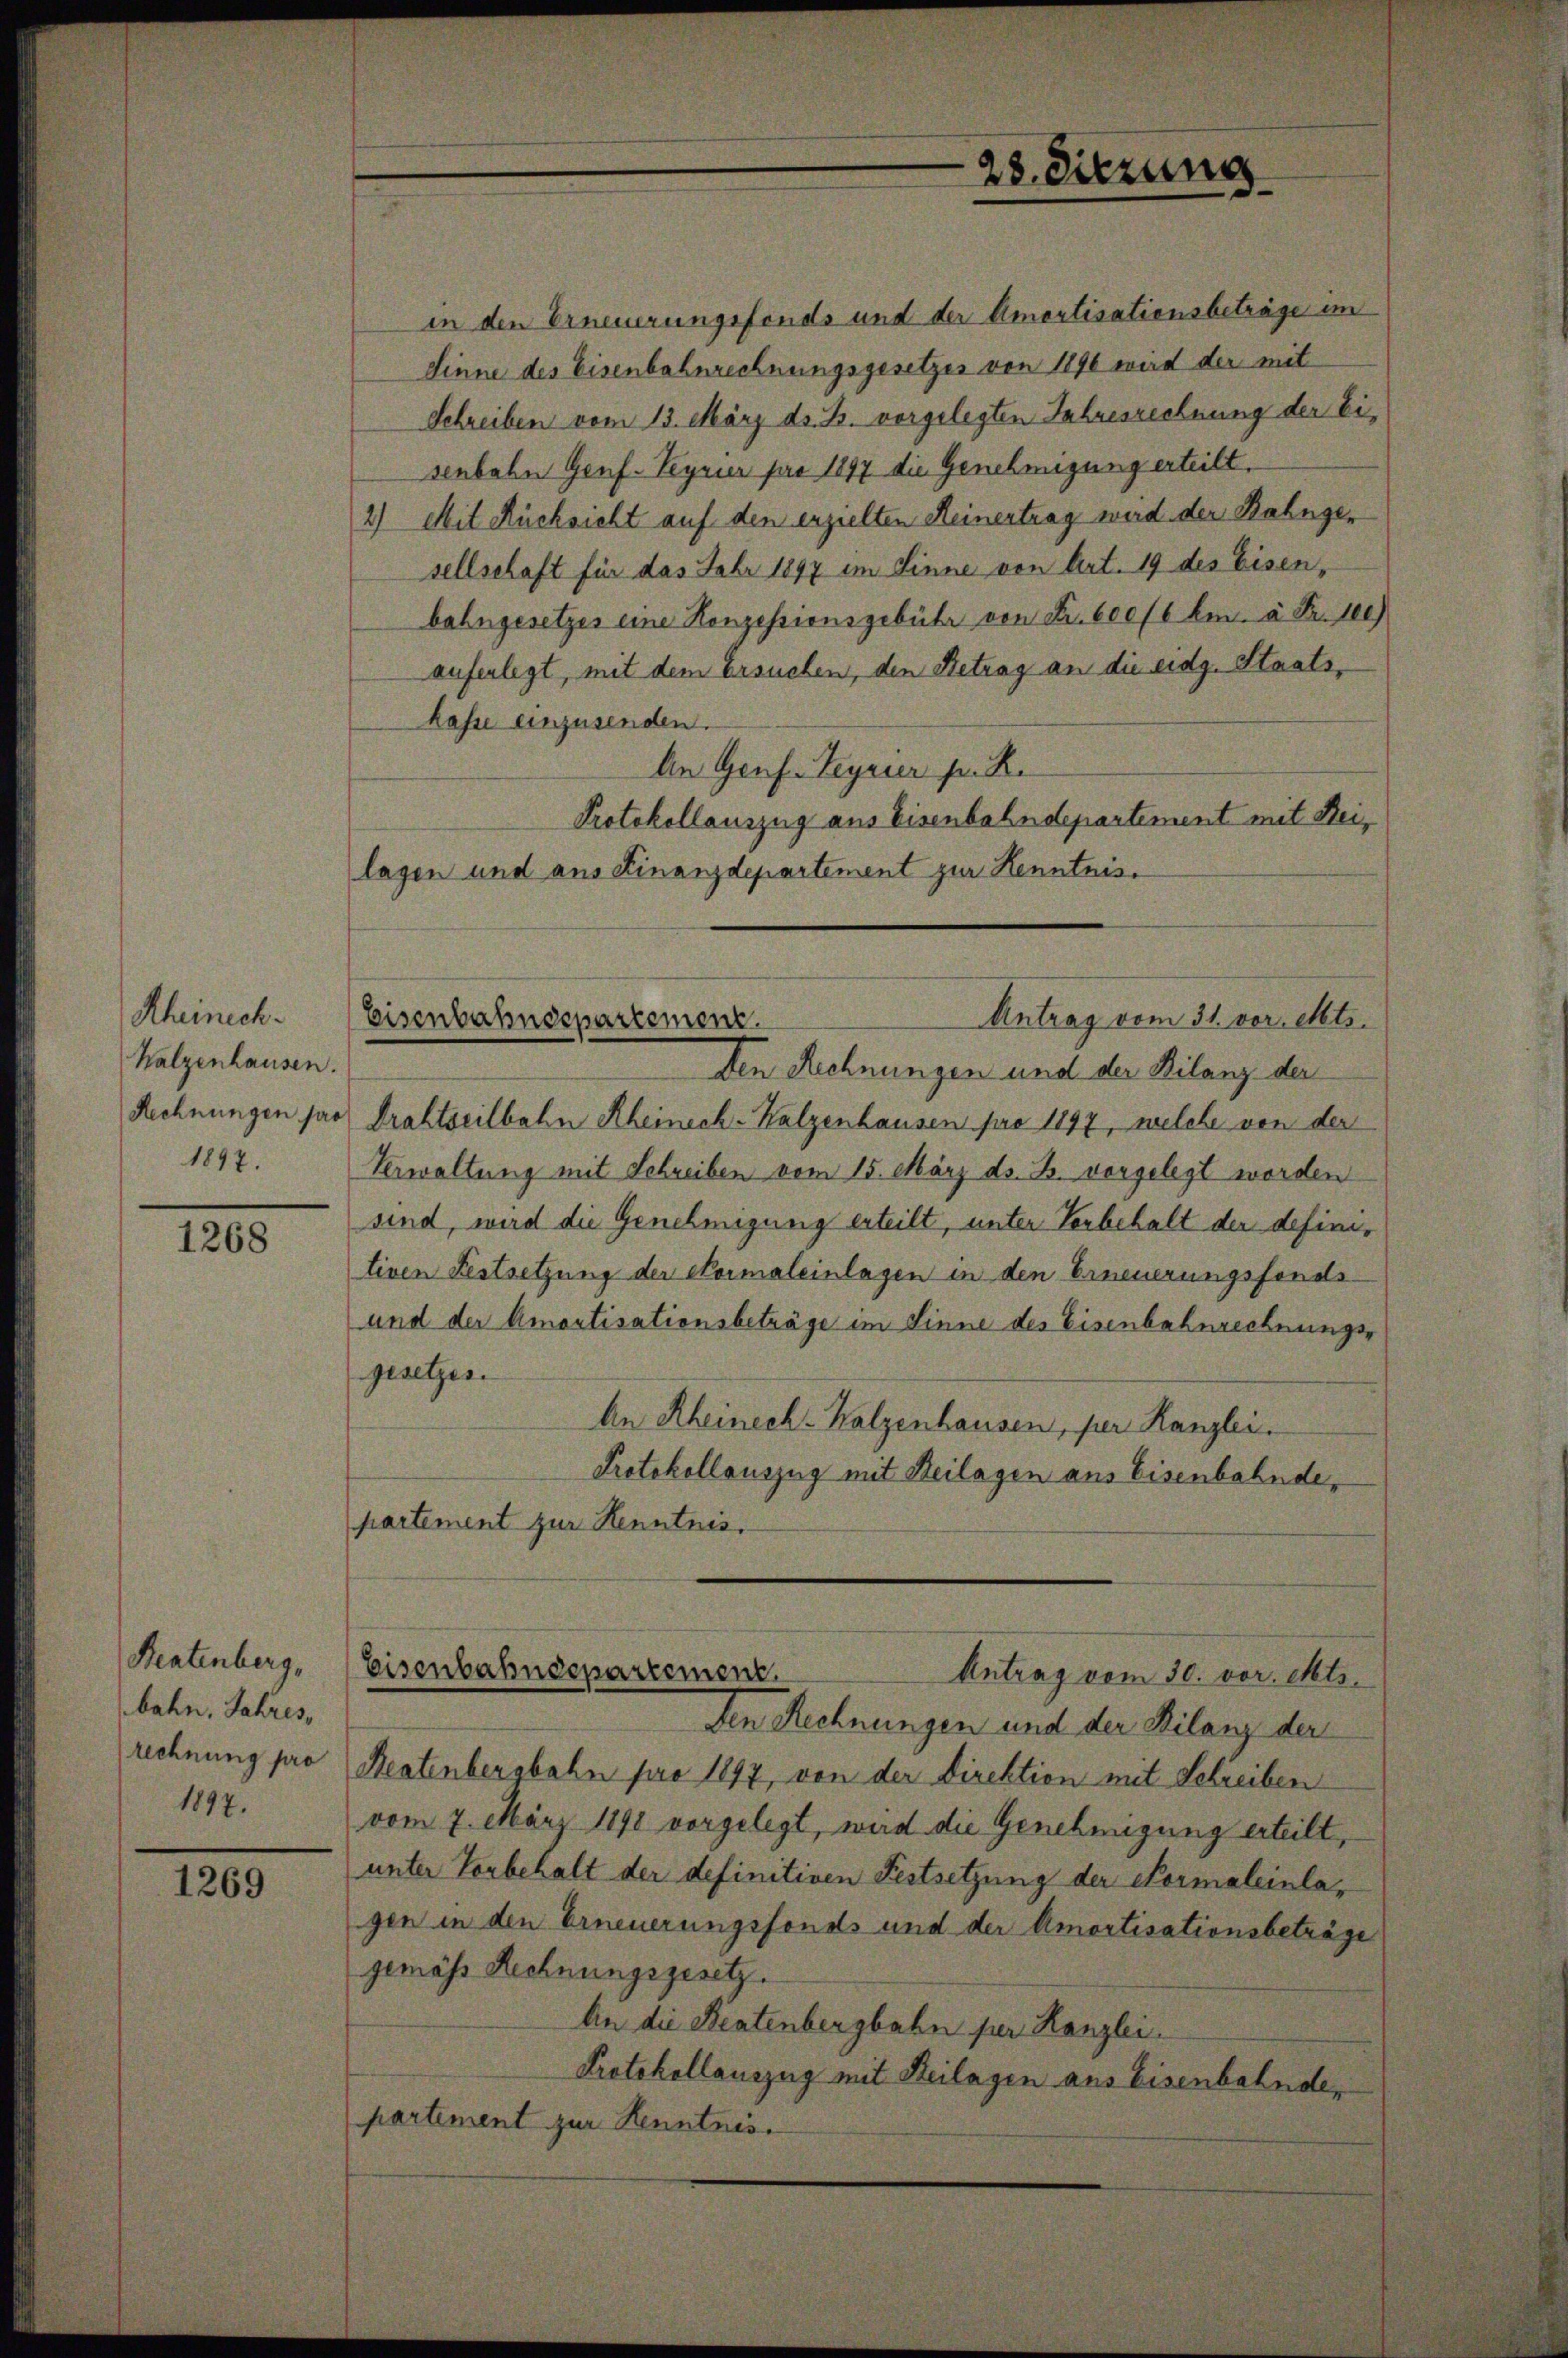
Rheinech
Kalzenhausen.
Rechnungen pro
1897.

1268

Beatenberg,
bahn, Jahres,
rechnung pro
1897.

1269

in den Erneuerungsfonds und der Amortisationsbeträge im
Linne des Eisenbahnrechnungsgesetzes von 1890 wird der mit
Schreiben vom 13. März ds. Z. vorgelegten Jahresrechnung der Eisenbahn Genf. Syrur pro 1897 die Genehmigung erteilt.
2) Mit Rücksicht auf den erzielten Heinertrag wird der Bahnger
sellschaft für das Jahr 1897 im Sinne von Art. 19 des Eisen,
bahngesetzes eine Konzessionsgebühr von Fr. 600/6 km. à Fr. 100)
auferlegt, mit dem Ersuchen, den Betrag an die eidg. Staatskasse einzusenden.
An Genf. Teyrier s. R.
Protokollauszug aus Eisenbahndepartement mit Reilagen und aus Finanzdepartement zur Kenntnis.

28. Sitzung

Antrag vom 31. vor. Mts.
Eisenbahndepartement.
ten Rechnungen und der Bilanz der

Drahtseilbahn Rheineck-Kalzenhausen pro 1897, welche von der
Verwaltung mit Schreiben vom 15. März ds. Z. vorgelegt worden
sind, wird die Genehmigung erteilt, unter Vorbehalt der definitiven Festsetzung der Formaleinlagen in den Erneuerungsfonde¬
und der Amortisationsbeträge im Sinne des Eisenbahnrechnungsgesetzes.
An Rheinech-Kalzenhausen, per Kanzlei-
Protokollauszug mit Beilagen aus Eisenbahndepartement zur Kenntnis.

Eisenbahndepartement.
Antrag vom 30. vor. Mts.

den Rechnungen und der Bilanz der
Reatenbergbahn pro 1897, von der Direktion mit Schreiben
vom 7. März 1890 vorgelegt, wird die Genehmigung erteilt,
unter Vorbehalt der definitiven Festsetzung der Normaleinlagen in den Erneuerungsfonds und der Amortisationsbeträge
gemäss Rechnungsgesetz.
An die Beatenbergbahn per Kanzlei.
Protokollauszug mit Beilagen aus Eisenbahnde,
partement zur Kenntnis.